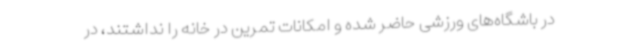
در باشگاه‌های ورزشی حاضر شده و امکانات تمرین در خانه را نداشتند، در